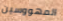
المهووسين